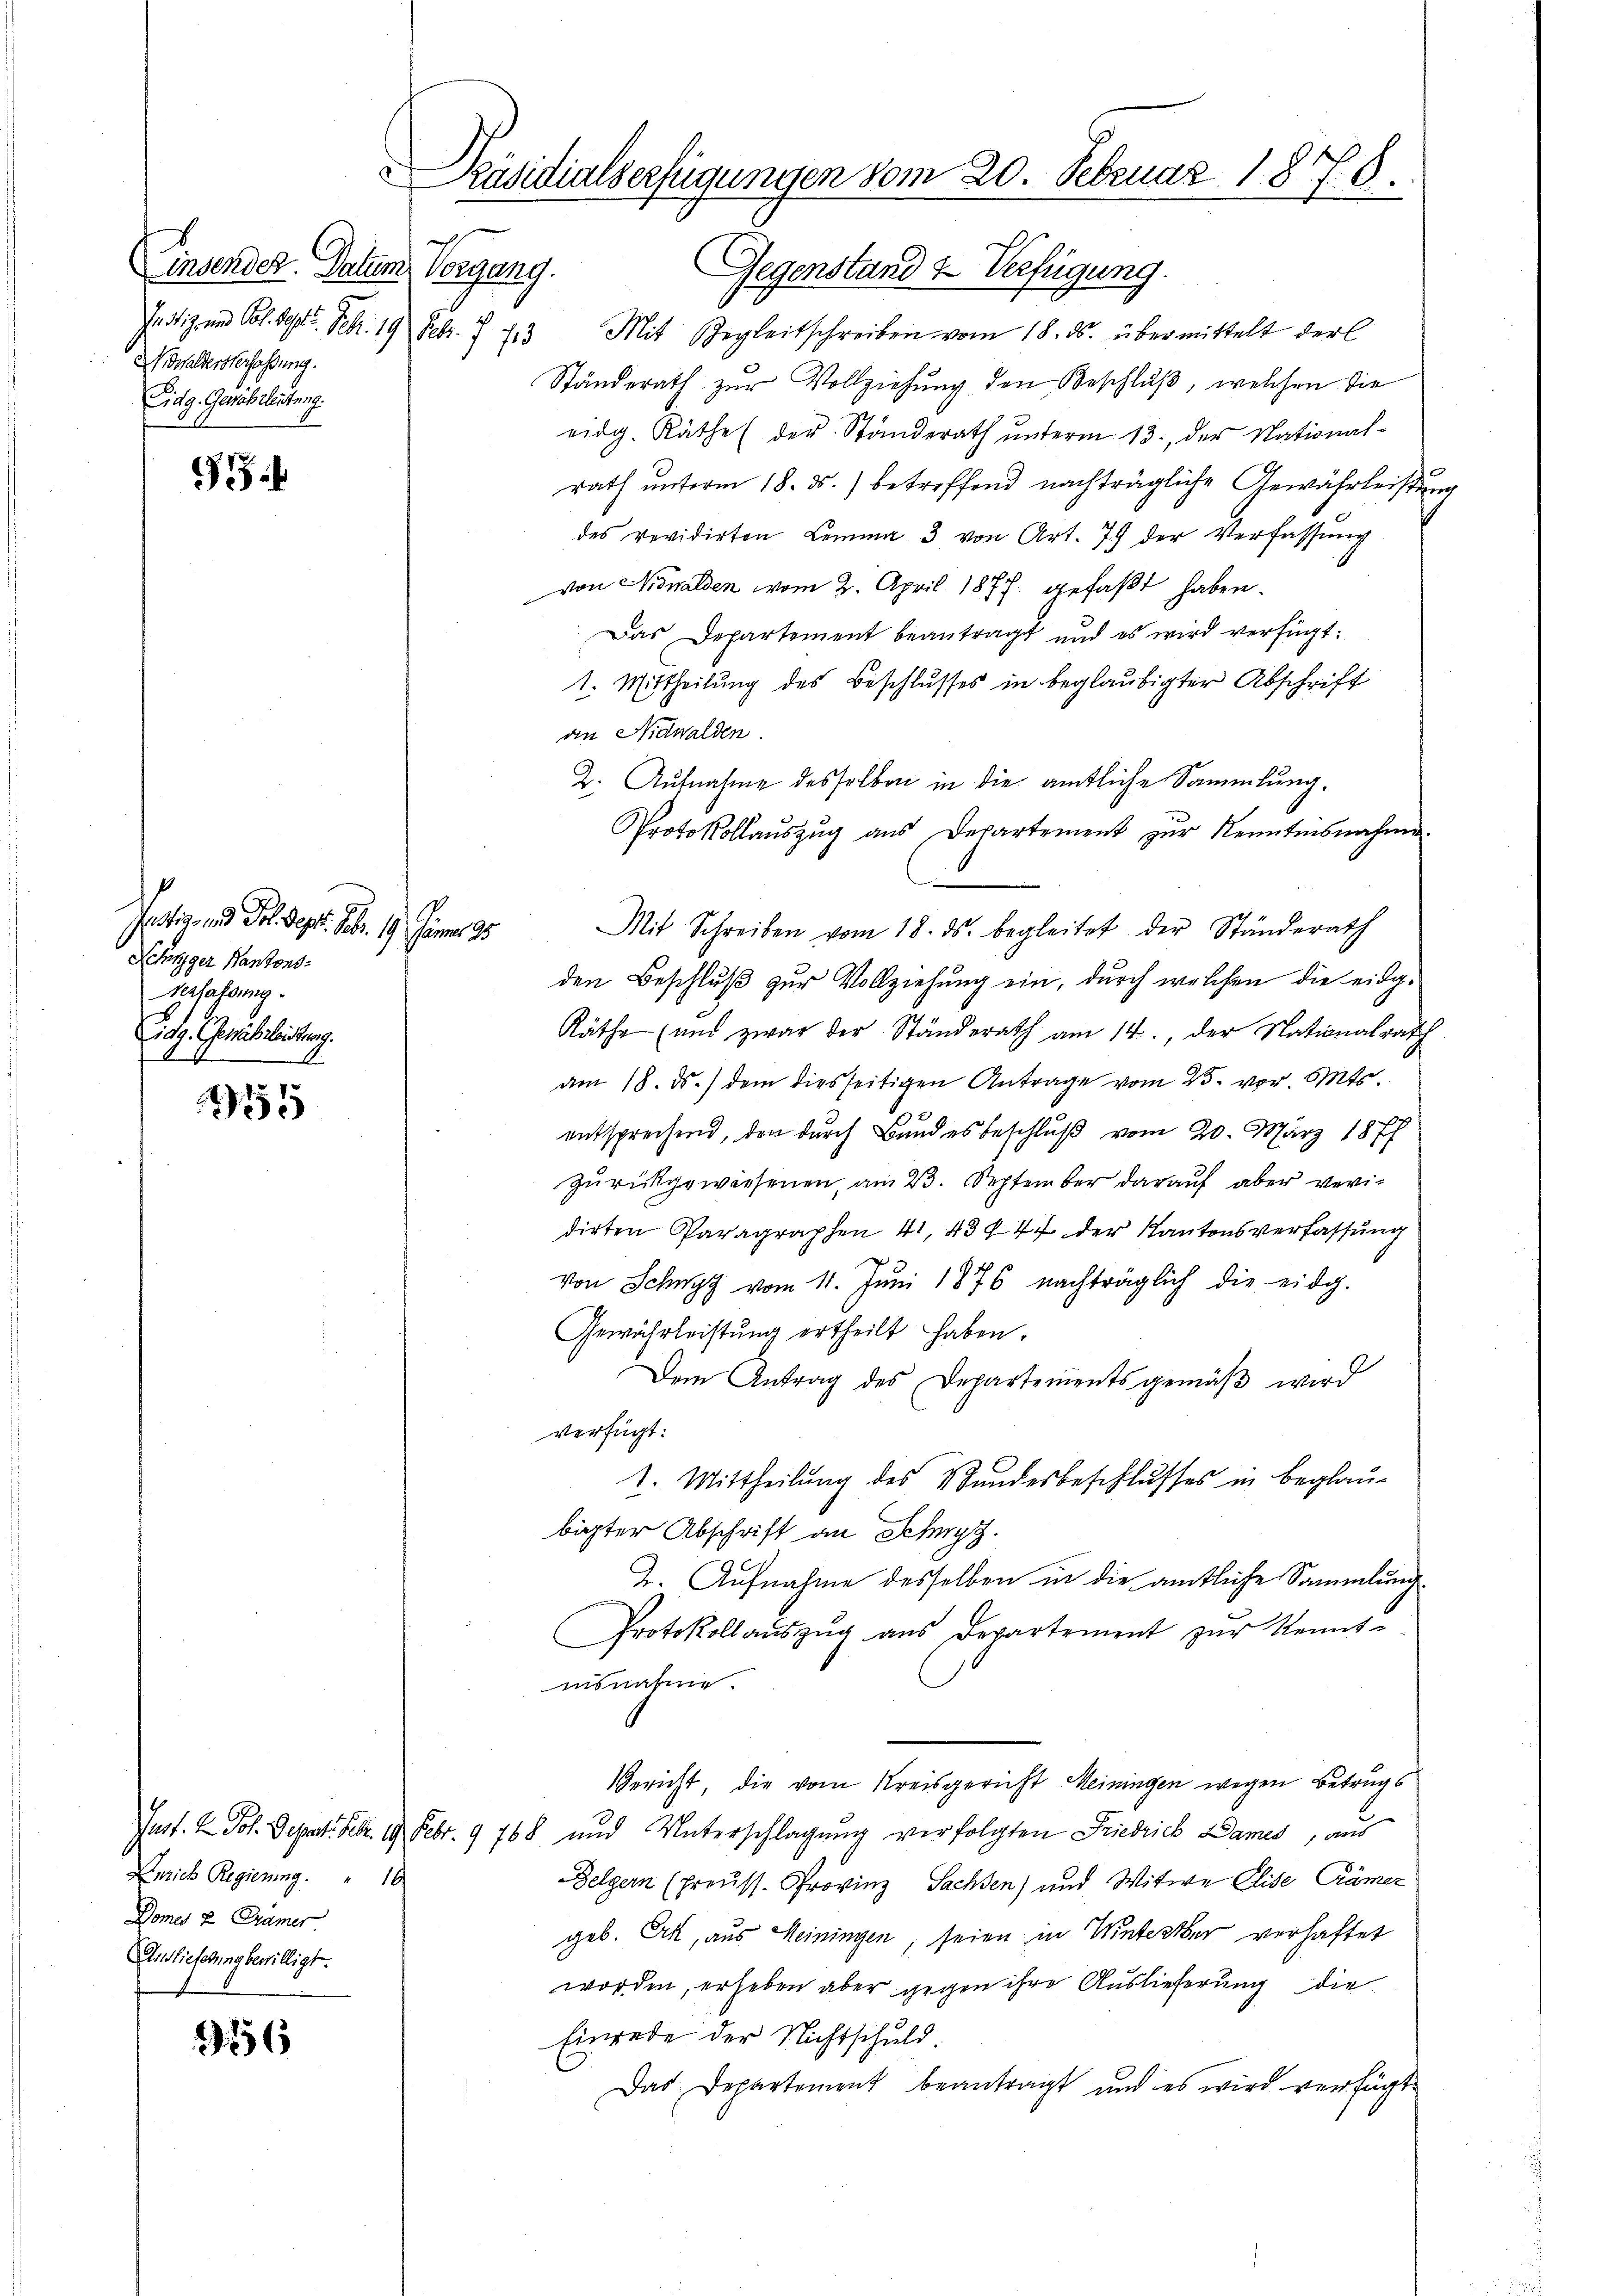
munden. Aber
Vonung.
J tiz und Pol. Sept. Febr. 19 Febr. f. 713
Kowalderverfaßung.
Eidg. Gewährleitung.

9

Justiz und Frl. Sept. Febr. 19. Jänner 35
Lehnger Kantons¬
Verfassung
Eidg. Gewährleistung.
A

55

Anrich Regierung.  "  16
Domes 2 Brämer
nslieferung bewilligt.

156

Präsidialserfügungen vom 20. Februar 1878.

Gegenstand & Verfügung.
Mit Begleitschreiben vom 18. ds. übermittelt der
Ständerath zur Vollziehung den Beschluß, welchen die
eidg. Räthe (der Standerath ŭnterm 13. der National-
rath ŭnterm 18. ds. betreffend nachträgliche Gewährleistung
des revidirten Lemma 3 von Art. 77 der Verfassŭng
von Nidwalden vom 2. April 1877 gefaßt haben.
Das Departement beantragt und es wird verfügt:
t. Mittheilung des Beschlusses in beglaubigter Abschrift
an Nidwalden.
2. Aufnahme desselben in die amtliche Sammlung.
Protokollaŭszŭg aŭs Departement zŭr Nenntnisnahme.
Mit Schreiben vom 18. ds. begleitet der Ständerath
den Beschluß zur Vollziehung ein, durch welchen die eidg¬
Räthe (und zwar der Ständerath am 14., der Nationalrath
am 18. ds. dem diesseitigen Antrage vom 25. vor. Mts.
entsprechend, den durch Bundesbeschluß vom 20. März 1877
zŭrückgewiesenen, am 23. September darauf aber veri-
dirten Paragraphen 41, 43447 der Kantonsverfassung
von Schwyz vom 11. Jŭni 1876 nachträglich die eidg.
Gewährleistŭng ertheilt haben.
Dem Antrag des Departementsgemäβ wird
verfügt:
1. Mittheilung des Bundesbeschlusses in beglaubigter Abschrift an Schwyz.
2. Aufnahme desselben in die amtliche Sammlung¬
Protokollauszug aus Departement zur Kennt-
asnahme.
Gericht, die vom Kreisgericht Meiningen wegen Betrugs
Just. 2. Joh. Depart. Febr. 19 Febr. 9 768 und Unterschlagung verfolgten Friedrich Dames, aus
Zelgern (Preuss. Provinz Sachsen) und Witwe Elise Krämer
geb. Ek, aus Heiningen, seien in Winterter verhaftet
worden, erheben aber gegen ihre Auslieferung die
Einrede der Nichtschuld.
Das Departement beantragt und es wird verfügt